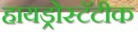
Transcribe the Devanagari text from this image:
हायड्रोस्टॅटीक